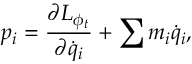
{ p } _ { i } = \frac { \partial L _ { \phi _ { t } } } { \partial { \dot { q } } _ { i } } + \sum m _ { i } { \dot { q } } _ { i } ,